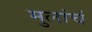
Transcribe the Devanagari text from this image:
मुलांचं